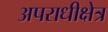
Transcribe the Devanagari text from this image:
अपराधीक्षेत्र